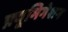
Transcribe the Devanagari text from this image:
फ़्यूमिगेशन